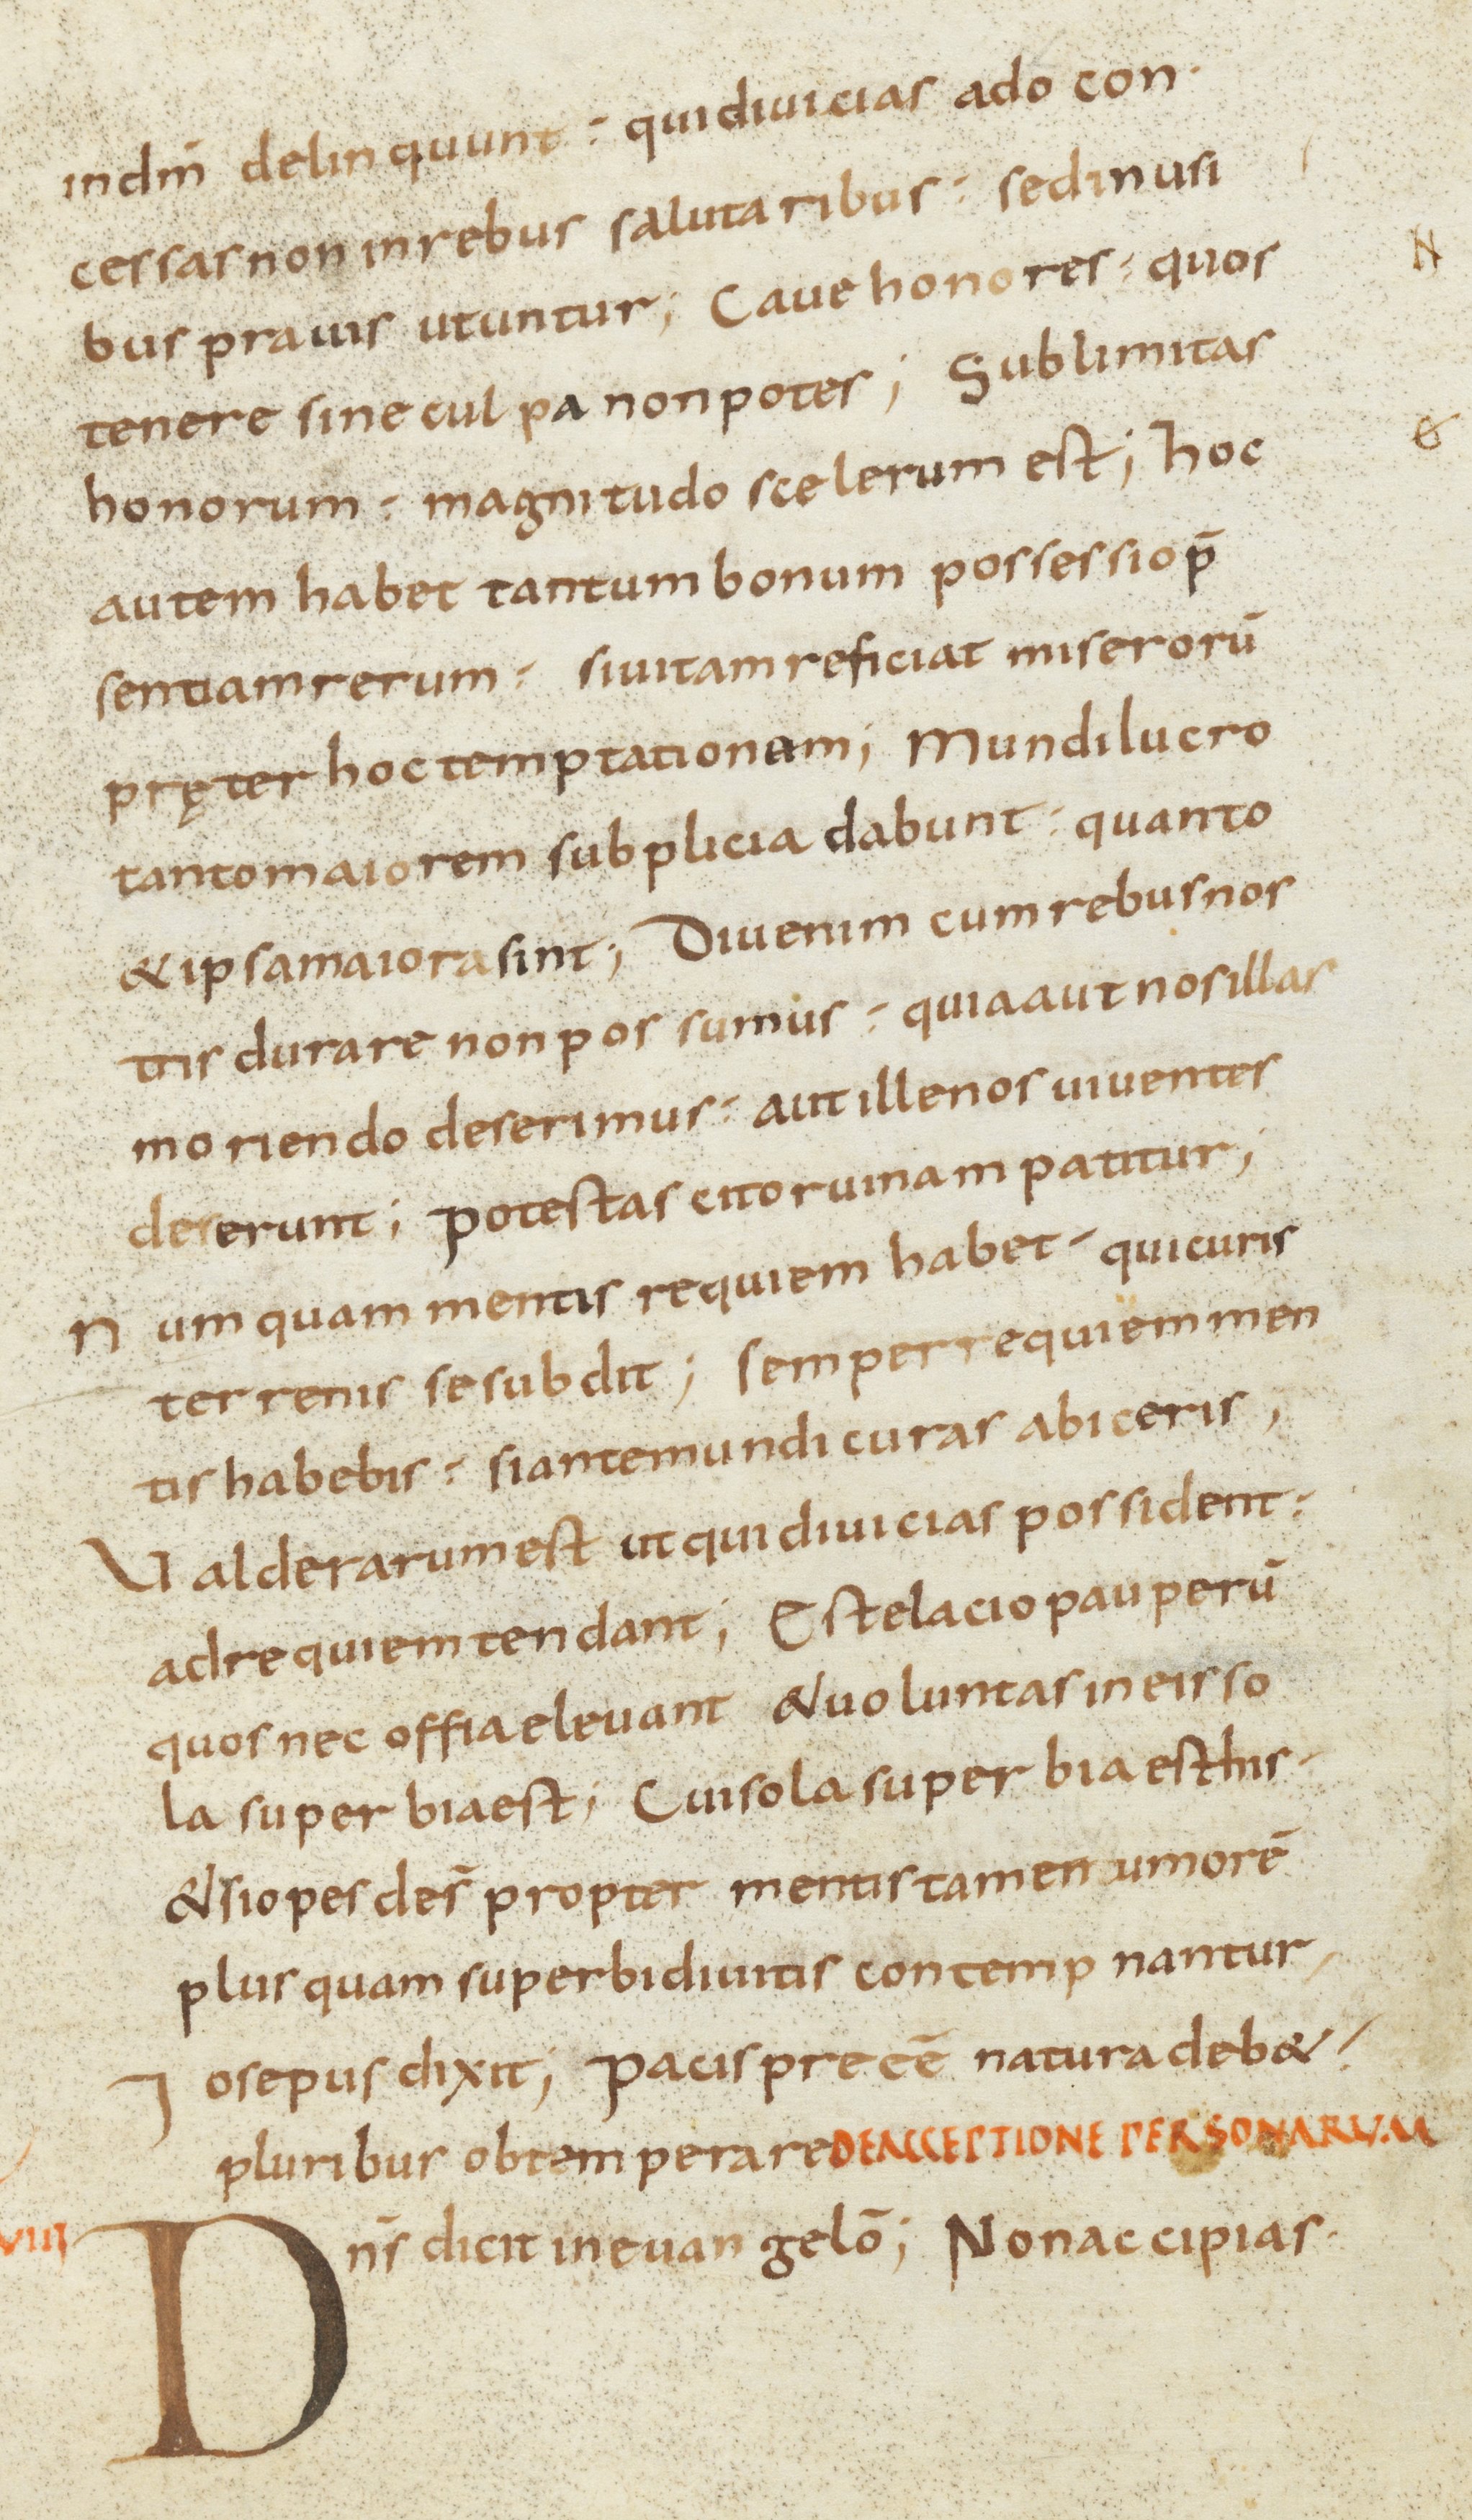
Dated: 800–899